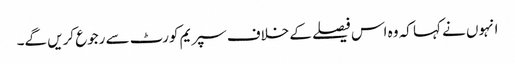
انہوں نے کہا کہ وہ اس فیصلے کے خلاف سپریم کورٹ سے رجوع کریں گے۔